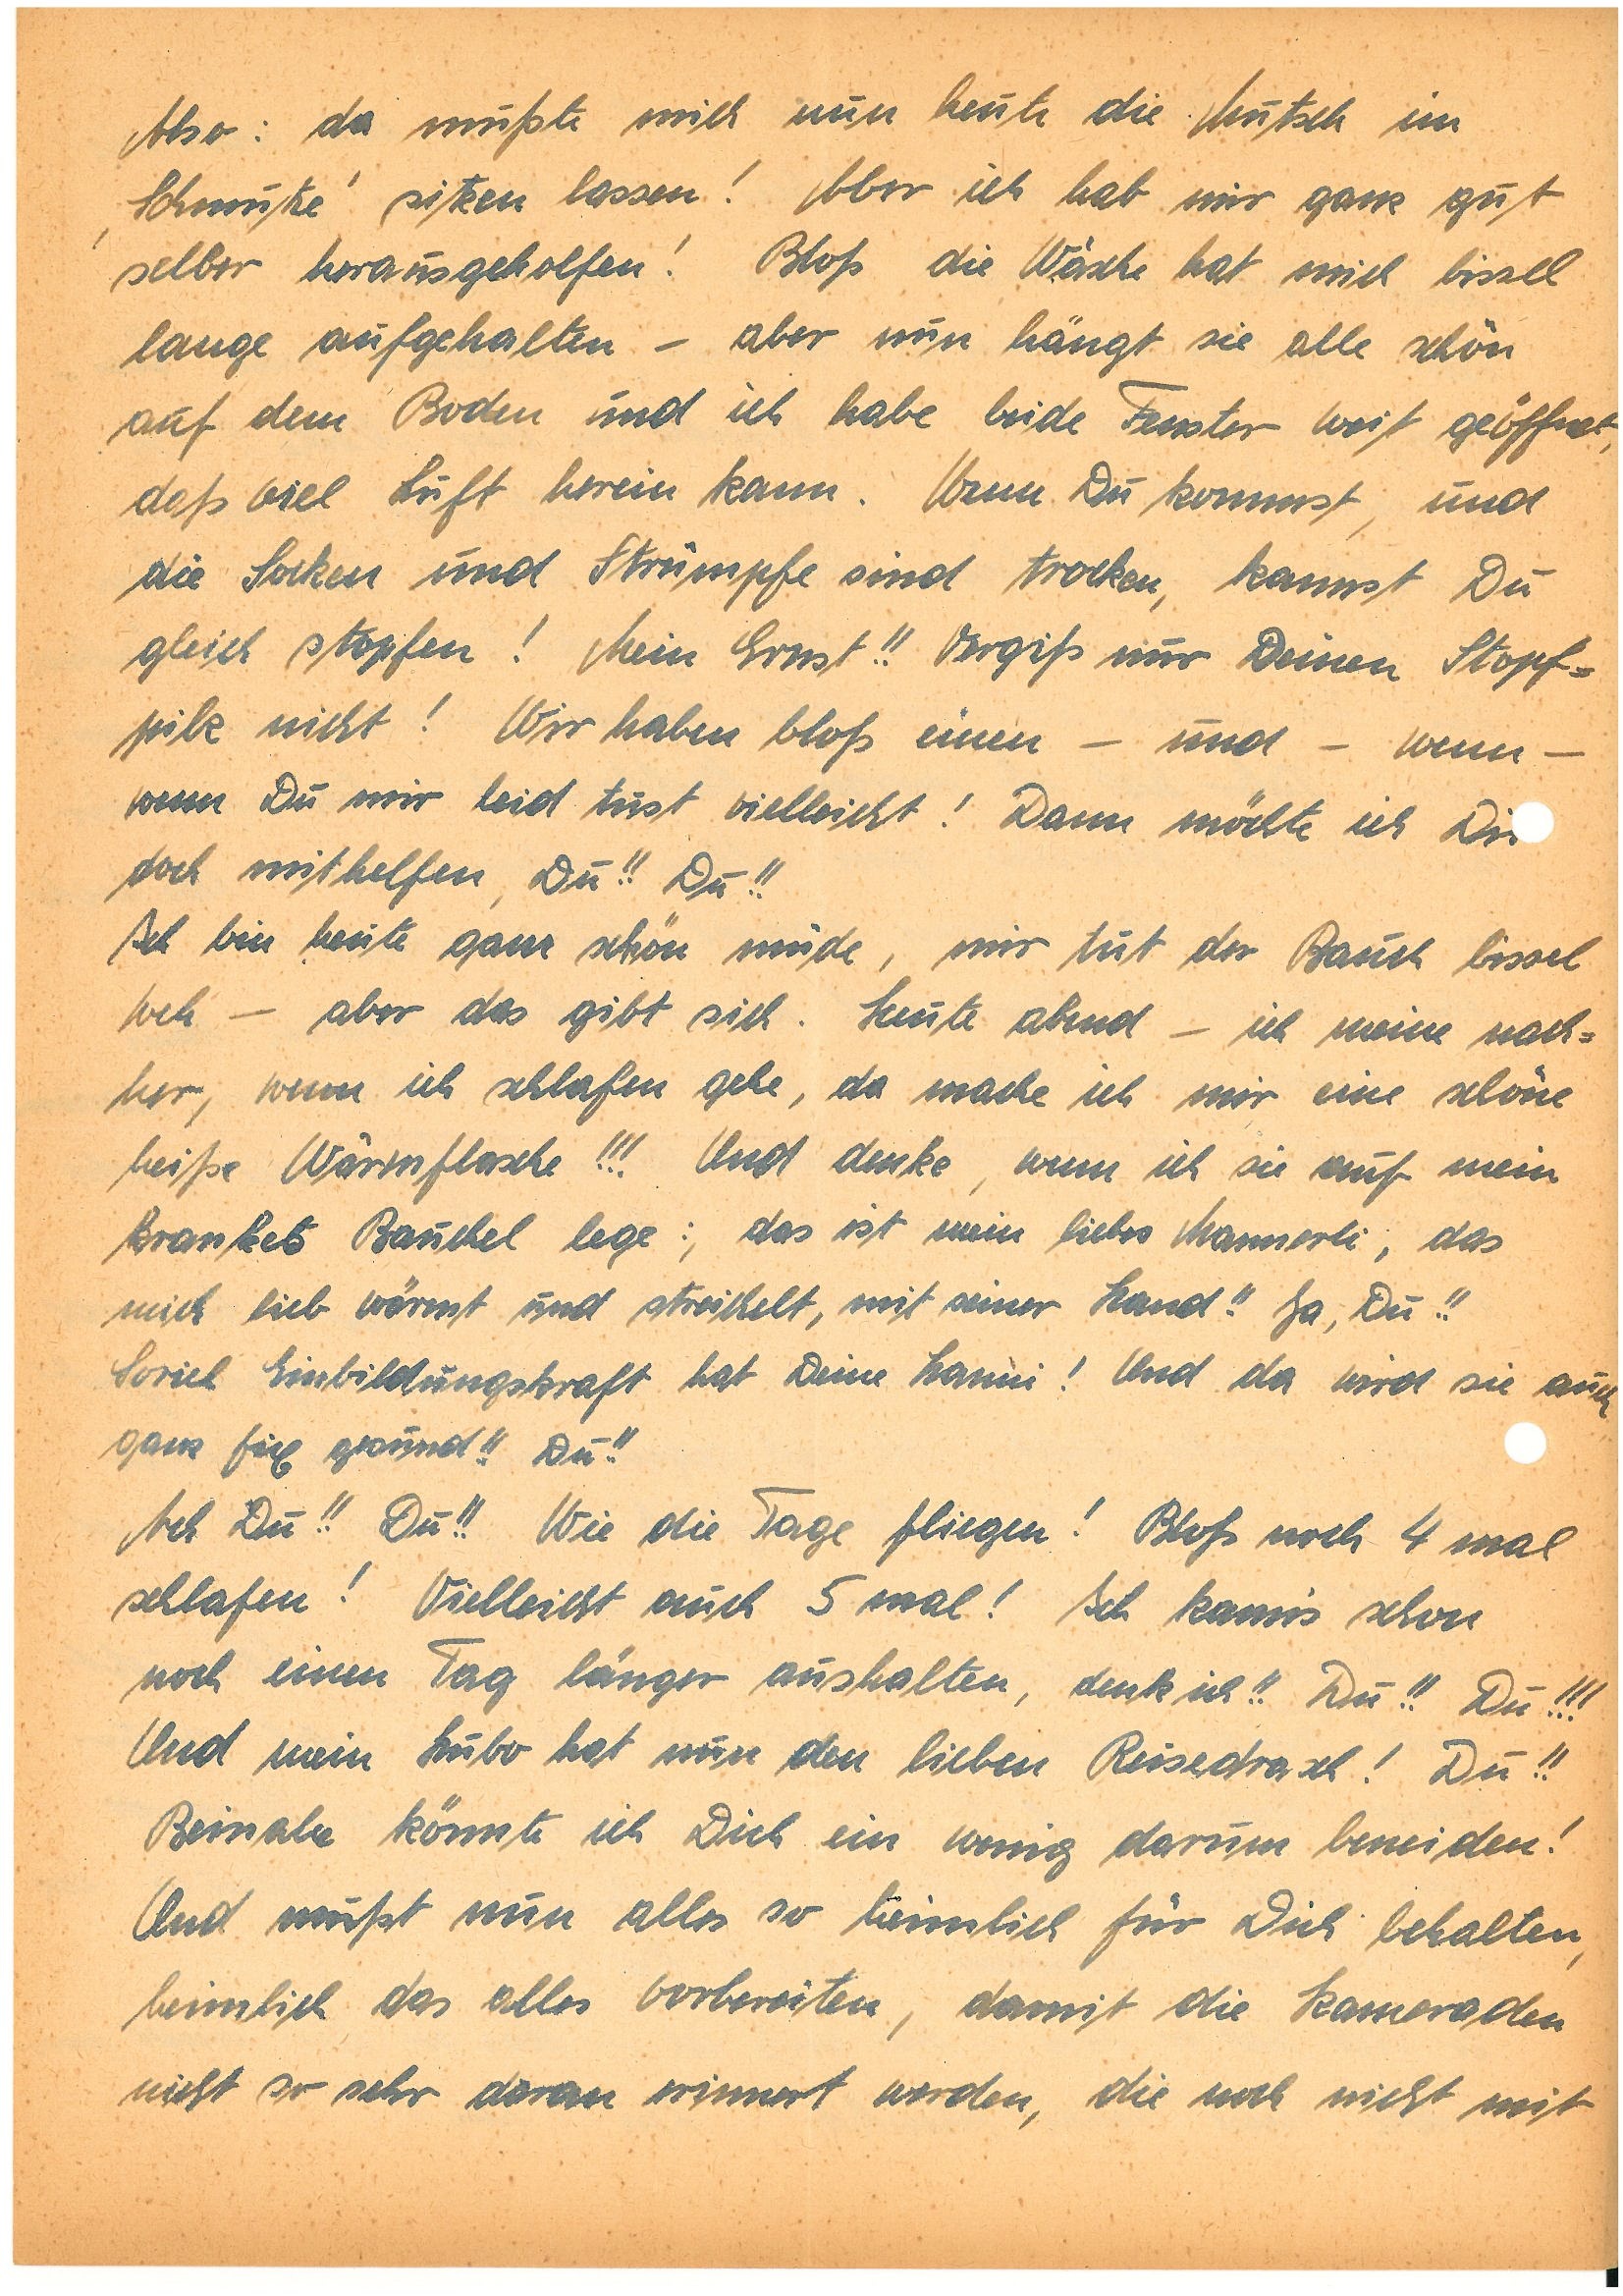
Also: da mußte mich nun heute die Mutsch im‚
Schmutze‘ sitzen lassen! Aber ich hab mir ganz gut
selber herausgeholfen! Bloß die Wäsche hat mich bissel
lange aufgehalten – aber nun hängt sie alle schön
auf dem Boden und ich habe beide Fenster weit geöffnet,
daß viel Luft herein kann. Wenn Du kommst, und
die Socken und Strümpfe sind trocken, kannst Du
gleich stopfen! Mein Ernst!! Vergiß nur Deinen Stopf¬
pilz nicht! Wir haben bloß einen – und – wenn –
wenn Du mir leid tust vielleicht! Dann möchte ich Dir
doch mithelfen, Du!! Du!!
Ich bin heute ganz schön müde, mit tut der Bauch bissel
weh – aber das gibt sich. Heute abend – ich meine nach¬
her, wenn ich schlafen gehe, da mache ich mir eine schöne
heiße Wärmflasche!!! Und denke, wenn ich sie auf mein
krankes Bauchel lege: ‚das ist mein liebes Mannerli, das
mich lieb wärmt und streichelt, mit seiner Hand!! Ja, Du!!
Soviel Einbildungskraft hat Deine ! Und da wird sie auch
ganz lieb gesund!! Du!!
Ach Du!! Du!! Wie die Tage fliegen! Bloß noch 4 mal
schlafen! Vielleicht auch 5 mal! Ich kann’s schon
noch einen Tag länger aushalten, denk ich!! Du!! Du!!!
Und mein Hubo hat nun den lieben Reisedrasch! Du!!
Beinahe könnte ich Dich ein wenig darum beneiden!
Und mußt nun alles so heimlich für Dich behalten,
heimlich das alles vorbereiten, damit die Kameraden
nicht so sehr daran erinnert werden, die noch nicht mit